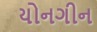
યોનગીન